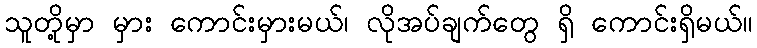
သူတို့မှာ မှား ကောင်းမှားမယ်၊ လိုအပ်ချက်တွေ ရှိ ကောင်းရှိမယ်။